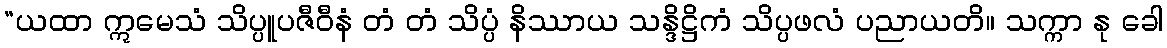
“ယထာ ဣမေသံ သိပ္ပူပဇီဝီနံ တံ တံ သိပ္ပံ နိဿာယ သန္ဒိဋ္ဌိကံ သိပ္ပဖလံ ပညာယတိ။ သက္ကာ နု ခေါ